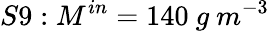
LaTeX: S9:M^{in}=140\ g\ m^{-3}